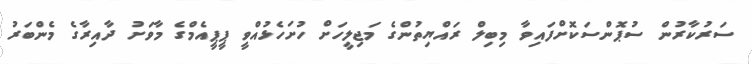
ސަރުކާރުން ސުޕޮންސަކޮށްފައިވާ މިބިލް ރައްޔިތުންގެ މަޖިލީހަށް ހުށަހެޅުއްވީ ޕީޕީއެމްގެ މާވަށު ދާއިރާގެ މެންބަރު